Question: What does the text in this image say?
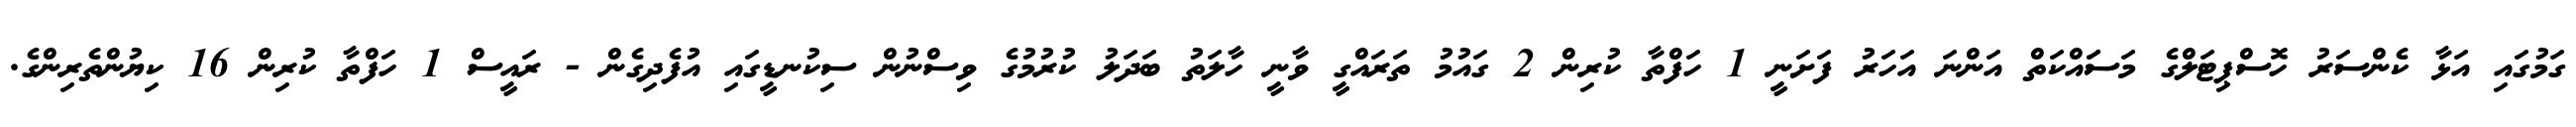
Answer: ގަމުގައި އަޅާ ކެންސަރު ހޮސްޕިޓަލްގެ މަސަައްކަތް އަންނަ އަހަރު ފަށަނީ 1 ހަފްތާ ކުރިން 2 ގައުމު ތަރައްގީ ވާނީ ހާލަތު ބަދަލު ކުރުމުގެ ވިސްނުން ސިކުނޑީގައި އުފެދިގެން - ރައީސް 1 ހަފްތާ ކުރިން 16 ކިޔުންތެރިންގެ.